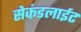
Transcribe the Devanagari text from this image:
सेकंडलाईट